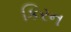
કિરન